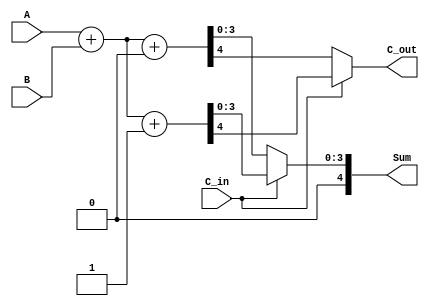
module CarrySelectAdder (
    input [3:0] A,
    input [3:0] B,
    input C_in,
    output [4:0] Sum, // 4-bit sum + carry-out
    output C_out
);
    wire [3:0] sum0, sum1; // Sums when C_in is 0 and 1
    wire c0, c1; // Carry-outs for C_in = 0 and C_in = 1

    // Full Adder for C_in = 0
    assign {c0, sum0} = A + B + 1'b0;

    // Full Adder for C_in = 1
    assign {c1, sum1} = A + B + 1'b1;

    // Multiplexer to select the appropriate sum based on C_in
    assign Sum = (C_in) ? sum1 : sum0;

    // Final carry-out
    assign C_out = (C_in) ? c1 : c0;

endmodule